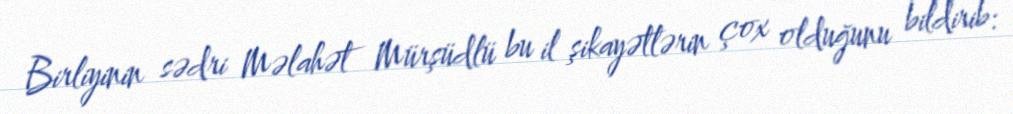
Birliyinin sədri Məlahət Mürşüdlü bu il şikayətlərin çox olduğunu bildirib: